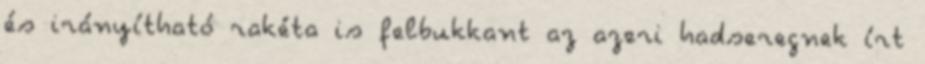
és irányítható rakéta is felbukkant az azeri hadseregnek írt